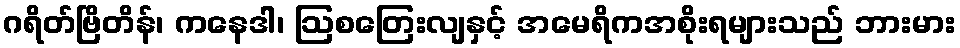
ဂရိတ်ဗြိတိန်၊ ကနေဒါ၊ ဩစတြေးလျနှင့် အမေရိကအစိုးရများသည် ဘားမား